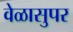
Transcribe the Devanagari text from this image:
वेळासुपर